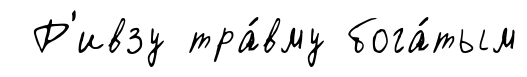
Р'ивзу тра́вму бога́тым